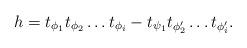
LaTeX: \begin{align*}h=t_{\phi_1} t_{\phi_2} \ldots t_{\phi_{i}} - t_{\psi_1} t_{\phi'_2} \ldots t_{\phi'_{i}}.\end{align*}